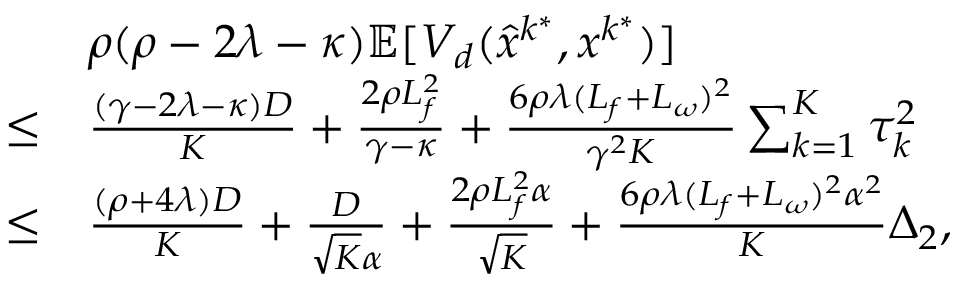
\begin{array} { r l } & { \rho ( \rho - 2 \lambda - \kappa ) \mathbb { E } [ V _ { d } ( \hat { x } ^ { k ^ { \ast } } , x ^ { k ^ { \ast } } ) ] } \\ { \leq } & { \frac { ( \gamma - 2 \lambda - \kappa ) D } { K } + \frac { 2 \rho L _ { f } ^ { 2 } } { \gamma - \kappa } + \frac { 6 \rho \lambda ( L _ { f } + L _ { \omega } ) ^ { 2 } } { \gamma ^ { 2 } K } \sum _ { k = 1 } ^ { K } \tau _ { k } ^ { 2 } } \\ { \leq } & { \frac { ( \rho + 4 \lambda ) D } { K } + \frac { D } { \sqrt { K } \alpha } + \frac { 2 \rho L _ { f } ^ { 2 } \alpha } { \sqrt { K } } + \frac { 6 \rho \lambda ( L _ { f } + L _ { \omega } ) ^ { 2 } \alpha ^ { 2 } } { K } \Delta _ { 2 } , } \end{array}